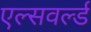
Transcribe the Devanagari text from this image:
एल्सवर्ल्ड